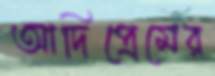
আদিপ্রেমের